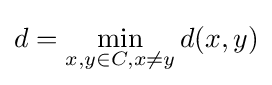
d=\min _{x,y\in C,x\neq y}d(x,y)